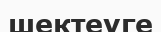
шектеуге